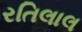
રતિલાલ